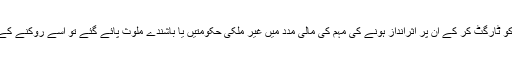
اس سوال کے جواب میں کہ اگر برطانوی ووٹرز کو ٹارگٹ کر کے ان پر اثرانداز ہونے کی مہم کی مالی مدد میں غیر ملکی حکومتیں یا باشندے ملوث پائے گئے تو اسے روکنے کے لیے الیکٹورل کمیشن کوئی اقدامات کر سکتا ہے؟